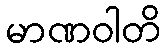
မာဏဝါတိ